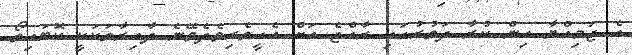
އެ ޖަމިއްޔާ އިން ކުރާ ދަތުރުގައި ރާއްޖެ އަށް އެހީތެރިވެދެވޭނެ ދާއިރާތަކަކީ ކޮބައިތޯ